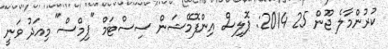
ކުރުންމާލެ ޖޫން 25 2014: ޕޮލިސް އިންފޮމޭޝަން ސިސްޓަމް "ޕިމްސް" މިއަދު ވަނީ